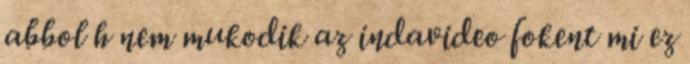
abbol h nem mukodik az indavideo fokent mi ez